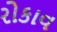
રોકાવ